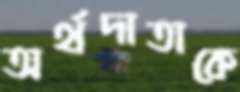
অর্থদাতাকে